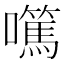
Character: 𡄍